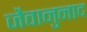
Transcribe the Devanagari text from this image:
जैवानुनाद